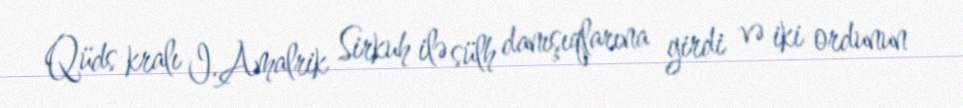
Qüds kralı I.Amalrik Sirkuh ilə sülh danışıqlarına girdi və iki ordunun